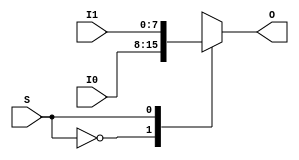
`timescale 1ns / 1ps
//////////////////////////////////////////////////////////////////////////////////
// Company: 
// Engineer: 
// 
// Design Name: 
// Module Name:    mux2x1_8 
// Project Name: 
// Target Devices: 
// Tool versions: 
// Description: 
//
// Dependencies: 
//
// Revision: 
// Revision 0.01 - File Created
// Additional Comments: 
//
//////////////////////////////////////////////////////////////////////////////////
module mux2x1_8(
    input [7:0] I0,
    input [7:0] I1,
    output [7:0] O,
    input S
    );
	
	reg [7:0] out_reg;
	assign O = out_reg;
	 
	always @(*)
	begin
		case (S)
			1'b0:	out_reg = I0;
			1'b1: out_reg = I1;
		endcase
	end


endmodule